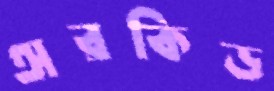
অরকিড